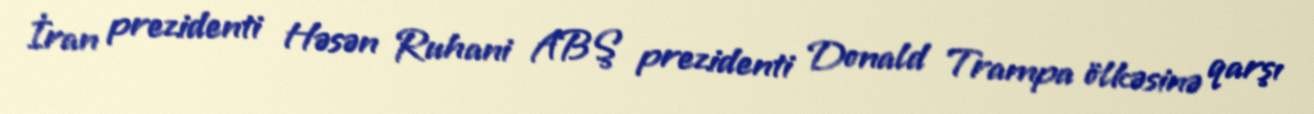
İran prezidenti Həsən Ruhani ABŞ prezidenti Donald Trampa ölkəsinə qarşı